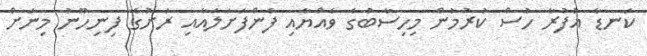
ކަނޑާ އުފުރާ ހުސް ކުރުމުން މިހިސާބުގެ ވެއްޔާއި ފެންފަށަލައާއި ރަށުގެ ފިނިހޫނު މިނަށް